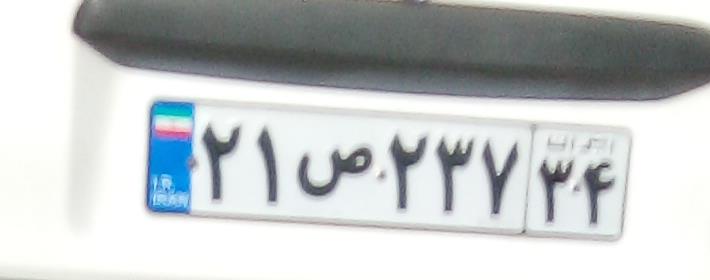
۲۱ص۲۳۷۳۴